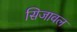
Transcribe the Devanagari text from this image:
सिजावल